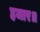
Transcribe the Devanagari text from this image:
हजार॥